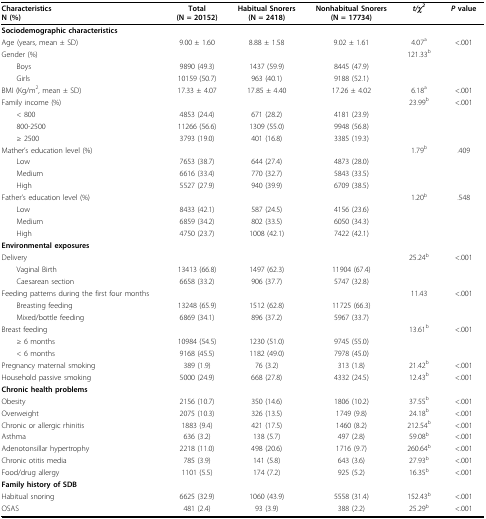
<table><thead><tr><td><b>CharacteristicsN (%)</b></td><td><b>Total(N = 20152)</b></td><td><b>Habitual Snorers(N = 2418)</b></td><td><b>Nonhabitual Snorers(N = 17734)</b></td><td><b><i>t/χ</i><sup><i>2</i></sup></b></td><td><b><i>P </i>value</b></td></tr></thead><tbody><tr><td colspan="6"><b>Sociodemographic characteristics</b></td></tr><tr><td>Age (years, mean ± SD)</td><td>9.00 ± 1.60</td><td>8.88 ± 1.58</td><td>9.02 ± 1.61</td><td>4.07<sup>a</sup></td><td>&lt;.001</td></tr><tr><td>Gender (%)</td><td></td><td></td><td></td><td>121.33<sup>b</sup></td><td></td></tr><tr><td> Boys</td><td>9890 (49.3)</td><td>1437 (59.9)</td><td>8445 (47.9)</td><td></td><td></td></tr><tr><td> Girls</td><td>10159 (50.7)</td><td>963 (40.1)</td><td>9188 (52.1)</td><td></td><td></td></tr><tr><td>BMI (Kg/m<sup>2</sup>, mean ± SD)</td><td>17.33 ± 4.07</td><td>17.85 ± 4.40</td><td>17.26 ± 4.02</td><td>6.18<sup>a</sup></td><td>&lt;.001</td></tr><tr><td>Family income (%)</td><td></td><td></td><td></td><td>23.99<sup>b</sup></td><td>&lt;.001</td></tr><tr><td> &lt; 800</td><td>4853 (24.4)</td><td>671 (28.2)</td><td>4181 (23.9)</td><td></td><td></td></tr><tr><td> 800-2500</td><td>11266 (56.6)</td><td>1309 (55.0)</td><td>9948 (56.8)</td><td></td><td></td></tr><tr><td> ≥ 2500</td><td>3793 (19.0)</td><td>401 (16.8)</td><td>3385 (19.3)</td><td></td><td></td></tr><tr><td>Mather&#x27;s education level (%)</td><td></td><td></td><td></td><td>1.79<sup>b</sup></td><td>.409</td></tr><tr><td> Low</td><td>7653 (38.7)</td><td>644 (27.4)</td><td>4873 (28.0)</td><td></td><td></td></tr><tr><td> Medium</td><td>6616 (33.4)</td><td>770 (32.7)</td><td>5843 (33.5)</td><td></td><td></td></tr><tr><td> High</td><td>5527 (27.9)</td><td>940 (39.9)</td><td>6709 (38.5)</td><td></td><td></td></tr><tr><td>Father&#x27;s education level (%)</td><td></td><td></td><td></td><td>1.20<sup>b</sup></td><td>.548</td></tr><tr><td> Low</td><td>8433 (42.1)</td><td>587 (24.5)</td><td>4156 (23.6)</td><td></td><td></td></tr><tr><td> Medium</td><td>6859 (34.2)</td><td>802 (33.5)</td><td>6050 (34.3)</td><td></td><td></td></tr><tr><td> High</td><td>4750 (23.7)</td><td>1008 (42.1)</td><td>7422 (42.1)</td><td></td><td></td></tr><tr><td colspan="6"><b>Environmental exposures</b></td></tr><tr><td>Delivery</td><td></td><td></td><td></td><td>25.24<sup>b</sup></td><td>&lt;.001</td></tr><tr><td> Vaginal Birth</td><td>13413 (66.8)</td><td>1497 (62.3)</td><td>11904 (67.4)</td><td></td><td></td></tr><tr><td> Caesarean section</td><td>6658 (33.2)</td><td>906 (37.7)</td><td>5747 (32.8)</td><td></td><td></td></tr><tr><td>Feeding patterns during the first four months</td><td></td><td></td><td></td><td>11.43</td><td>&lt;.001</td></tr><tr><td> Breasting feeding</td><td>13248 (65.9)</td><td>1512 (62.8)</td><td>11725 (66.3)</td><td></td><td></td></tr><tr><td> Mixed/bottle feeding</td><td>6869 (34.1)</td><td>896 (37.2)</td><td>5967 (33.7)</td><td></td><td></td></tr><tr><td>Breast feeding</td><td></td><td></td><td></td><td>13.61<sup>b</sup></td><td>&lt; .001</td></tr><tr><td> ≥ 6 months</td><td>10984 (54.5)</td><td>1230 (51.0)</td><td>9745 (55.0)</td><td></td><td></td></tr><tr><td> &lt; 6 months</td><td>9168 (45.5)</td><td>1182 (49.0)</td><td>7978 (45.0)</td><td></td><td></td></tr><tr><td>Pregnancy maternal smoking</td><td>389 (1.9)</td><td>76 (3.2)</td><td>313 (1.8)</td><td>21.42<sup>b</sup></td><td>&lt; .001</td></tr><tr><td>Household passive smoking</td><td>5000 (24.9)</td><td>668 (27.8)</td><td>4332 (24.5)</td><td>12.43<sup>b</sup></td><td>&lt; .001</td></tr><tr><td colspan="6"><b>Chronic health problems</b></td></tr><tr><td>Obesity</td><td>2156 (10.7)</td><td>350 (14.6)</td><td>1806 (10.2)</td><td>37.55<sup>b</sup></td><td>&lt; .001</td></tr><tr><td>Overweight</td><td>2075 (10.3)</td><td>326 (13.5)</td><td>1749 (9.8)</td><td>24.18<sup>b</sup></td><td>&lt; .001</td></tr><tr><td>Chronic or allergic rhinitis</td><td>1883 (9.4)</td><td>421 (17.5)</td><td>1460 (8.2)</td><td>212.54<sup>b</sup></td><td>&lt; .001</td></tr><tr><td>Asthma</td><td>636 (3.2)</td><td>138 (5.7)</td><td>497 (2.8)</td><td>59.08<sup>b</sup></td><td>&lt; .001</td></tr><tr><td>Adenotonsillar hypertrophy</td><td>2218 (11.0)</td><td>498 (20.6)</td><td>1716 (9.7)</td><td>260.64<sup>b</sup></td><td>&lt; .001</td></tr><tr><td>Chronic otitis media</td><td>785 (3.9)</td><td>141 (5.8)</td><td>643 (3.6)</td><td>27.93<sup>b</sup></td><td>&lt; .001</td></tr><tr><td>Food/drug allergy</td><td>1101 (5.5)</td><td>174 (7.2)</td><td>925 (5.2)</td><td>16.35<sup>b</sup></td><td>&lt; .001</td></tr><tr><td colspan="6"><b>Family history of SDB</b></td></tr><tr><td>Habitual snoring</td><td>6625 (32.9)</td><td>1060 (43.9)</td><td>5558 (31.4)</td><td>152.43<sup>b</sup></td><td>&lt; .001</td></tr><tr><td>OSAS</td><td>481 (2.4)</td><td>93 (3.9)</td><td>388 (2.2)</td><td>25.29<sup>b</sup></td><td>&lt; .001</td></tr></tbody></table>